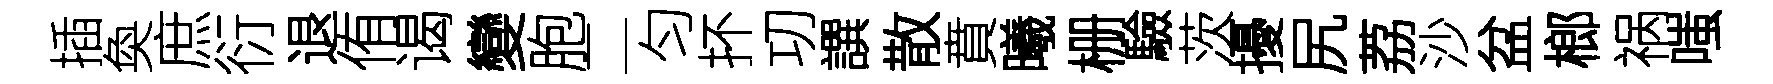
插奐庶衍退侑谒變胞二匀抔㓛譔散賁曦栅驗茨擾尻荔沙盆榔祸嗤